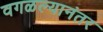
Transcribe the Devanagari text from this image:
वगळल्यानंतर